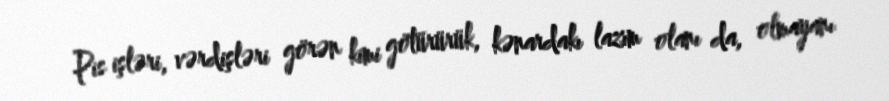
Pis işləri, vərdişləri görən kimi götürürük, kənardakı lazım olanı da, olmayanı